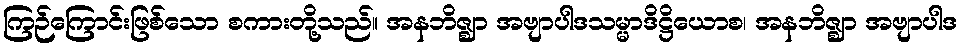
ကြဉ်ကြောင်းဖြစ်သော စကားတို့သည်။ အနဘိဇ္ဈာ အဗျာပါဒသမ္မာဒိဋ္ဌိယောစ၊ အနဘိဇ္ဈာ အဗျာပါဒ